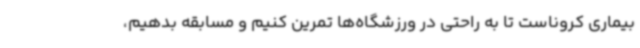
بیماری کروناست تا به راحتی در ورزشگاه‌ها تمرین کنیم و مسابقه بدهیم،